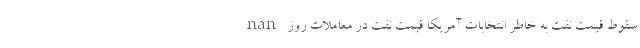
nan سقوط قیمت نفت به خاطر انتخابات آمریکا قیمت نفت در معاملات روز